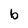
Character: b